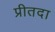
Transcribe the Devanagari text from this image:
प्रीतदा